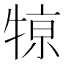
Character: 𤚒